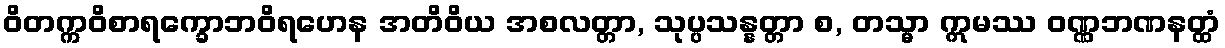
ဝိတက္ကဝိစာရက္ခောဘဝိရဟေန အတိဝိယ အစလတ္တာ, သုပ္ပသန္နတ္တာ စ, တသ္မာ ဣမဿ ဝဏ္ဏဘဏနတ္ထံ